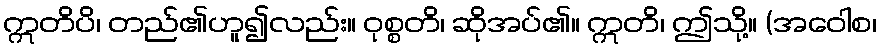
ဣတိပိ၊ တည်၏ဟူ၍လည်း။ ဝုစ္စတိ၊ ဆိုအပ်၏။ ဣတိ၊ ဤသို့။ (အဝေါစ၊